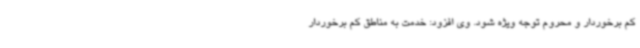
کم برخوردار و محروم توجه ویژه شود. وی افزود: خدمت به مناطق کم برخوردار